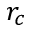
r _ { c }